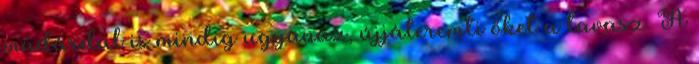
madárdal is mindig ugyanaz, újjáteremti őket a tavasz. A